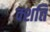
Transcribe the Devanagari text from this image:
क्शति